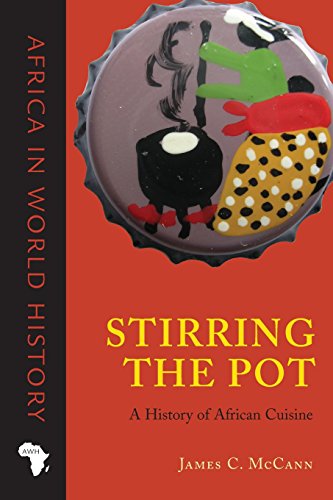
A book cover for Stirring the Pot: A History of African Cuisine (Africa in World History); James C. McCann; Cookbooks, Food & Wine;